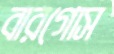
বারগোস